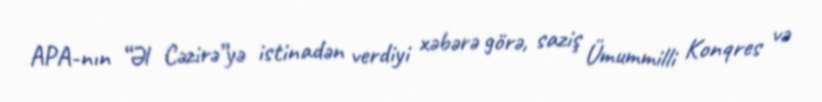
APA-nın “Əl Cəzirə”yə istinadən verdiyi xəbərə görə, saziş Ümummilli Konqres və